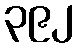
၃၉၂